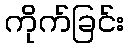
ကိုက်ခြင်း